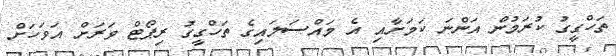
ތަހްގީގު ކުރަމުން އަންނަ ކަމަށާއި އެ މައްސަލައިގެ ތަހްގީގު ރިޕޯޓް ވަރަށް އަވަހަށް